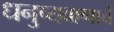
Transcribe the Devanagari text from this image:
धनुष्यबाणाचे